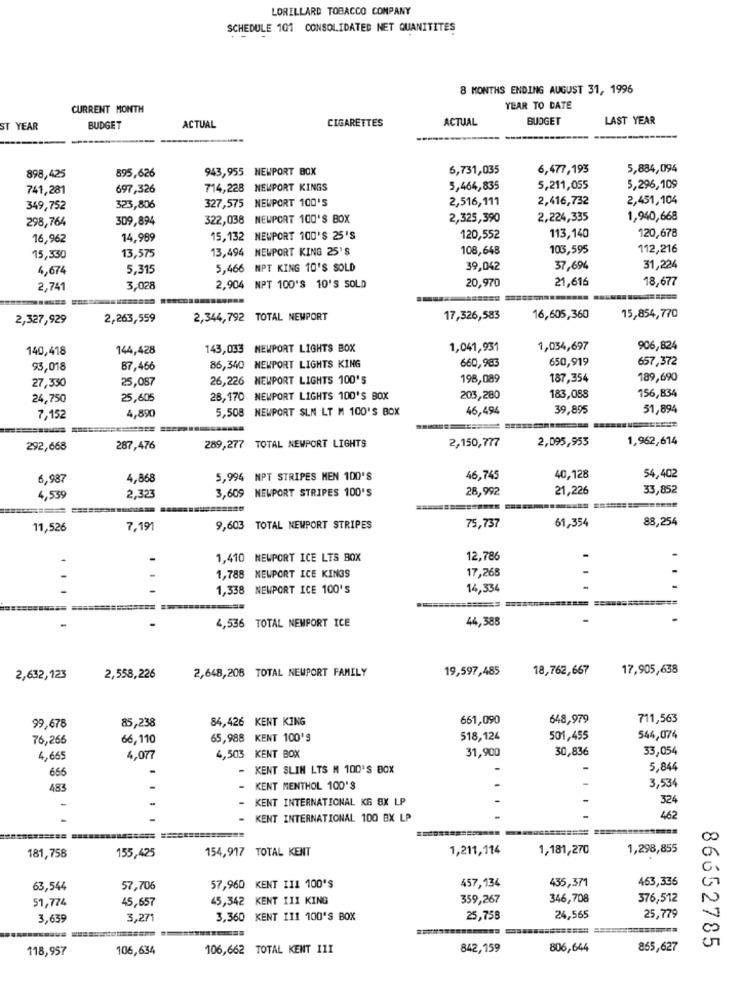
LORILLARD TOBACCO COMPANY
SCHEDULE 101 CONSOLIDATED NET QUANITITES
8 MONTHS ENDING AUGUST 31, 1996
CURRENT MONTH
YEAR TO DATE
CIGARETTES
ACTUAL
BUDGET
LAST YEAR
ST YEAR
BUDGET
ACTUAL
943,955 NEWPORT BOX
6,731,035
6,477,193
5,884,094
898,425
895,626
741,281
697,326
714,228 NEWPORT KINGS
5,464,835
5,211,055
5,296,109
327,575 NEWPORT 100'5
2,516,111
2,416,732
2,451,104
349,752
323,806
298,764
309,894
322,038 NEWPORT 100'S BOX
2,325,390
2,224,335
1,940,668
113,140
120,678
16,962
14,989
15,132 NEWPORT 100'S 25'S
120,552
13,494 NEWPORT KING 25'S
108,648
103,595
112,216
15,330
13,575
4,674
5,315
5,466 NPT KING 10'S SOLD
39,042
37,694
31,224
20,970
21,616
18,677
2,741
3,028
2,904 NPT 100'S 10'S SOLD
2,327,929
2,263,559
2,344,792 TOTAL NEWPORT
17,326,583
16,605,360
15,854,770
140,418
144,428
143,033
NEWPORT LIGHTS BOX
1,041,931
1,034,697
906,824
650,919
657,372
93,018
87,466
86,340 NEWPORT LIGHTS KING
660,985
25,087
26,226 NEWPORT LIGHTS 100'S
198,089
187,354
189,690
27,330
24,750
25,605
28,170 NEWPORT LIGHTS 100'S BOX
203,280
183,088
156,834
4,890
5,508 NEWPORT SLN LT M 100'S BOX
46,494
39,895
51,894
7,152
289,277 TOTAL NEWPORT LIGHTS
2,150,777
2,095,953
1,962,614
292,668
287,476
6,987
4,868
5,994 NPT STRIPES MEN 100'S
46,745
40,128
54,402
3,609 NEWPORT STRIPES 100'S
28,992
21,226
33,852
4,539
2,323
61,354
88,254
11,526
7,191
9,603 TOTAL NEWPORT STRIPES
75,737
1,410 NEWPORT ICE LTS BOX
12,786
17,265
1,788 NEWPORT ICE KINGS
1,338 NEWPORT ICE 100'S
14,334
=======
4,536 TOTAL NEWPORT ICE
44,388
19,597,485
18,762,667
17,905,638
2,632,123
2,558,226
2,648,208 TOTAL NEWPORT FAMILY
84,426 KENT KING
661,090
648,979
711,563
99,678
85,238
76,266
66,110
65,988 KENT 100'S
518,124
501,455
544,074
31,900
30,836
33,054
4,665
4,077
4,503 KENT BOX
666
-
- KENT SLIN LTS M 100'S BOX
5,844
483
-
KENT MENTHOL 100'S
3,534
KENT INTERNATIONAL KG BX LP
324
-
- KENT INTERNATIONAL 100 BX LP
462
154,917 TOTAL KENT
1,211,114
1,181,270
1,298,855
181,758
155,425
463,336
63,544
57,706
57,960 KENT IIL 100'S
457,134
435,371
51,774
45,657
45,342 KENT III KING
359,267
346,708
376,512
3,639
3,271
3,360 KENT 111 100'S BOX
25,758
24,565
25,779
86652785
118,957
106,634
106,662 TOTAL KENT III
842,159
806,644
865,627